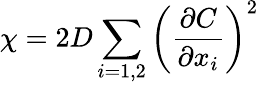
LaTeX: \chi=2D\sum_{i=1,2}\left(\frac{\partial C}{\partial x_{i}}\right)^{2}